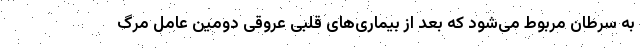
به سرطان مربوط می‌شود که بعد از بیماری‌های قلبی عروقی دومین عامل مرگ